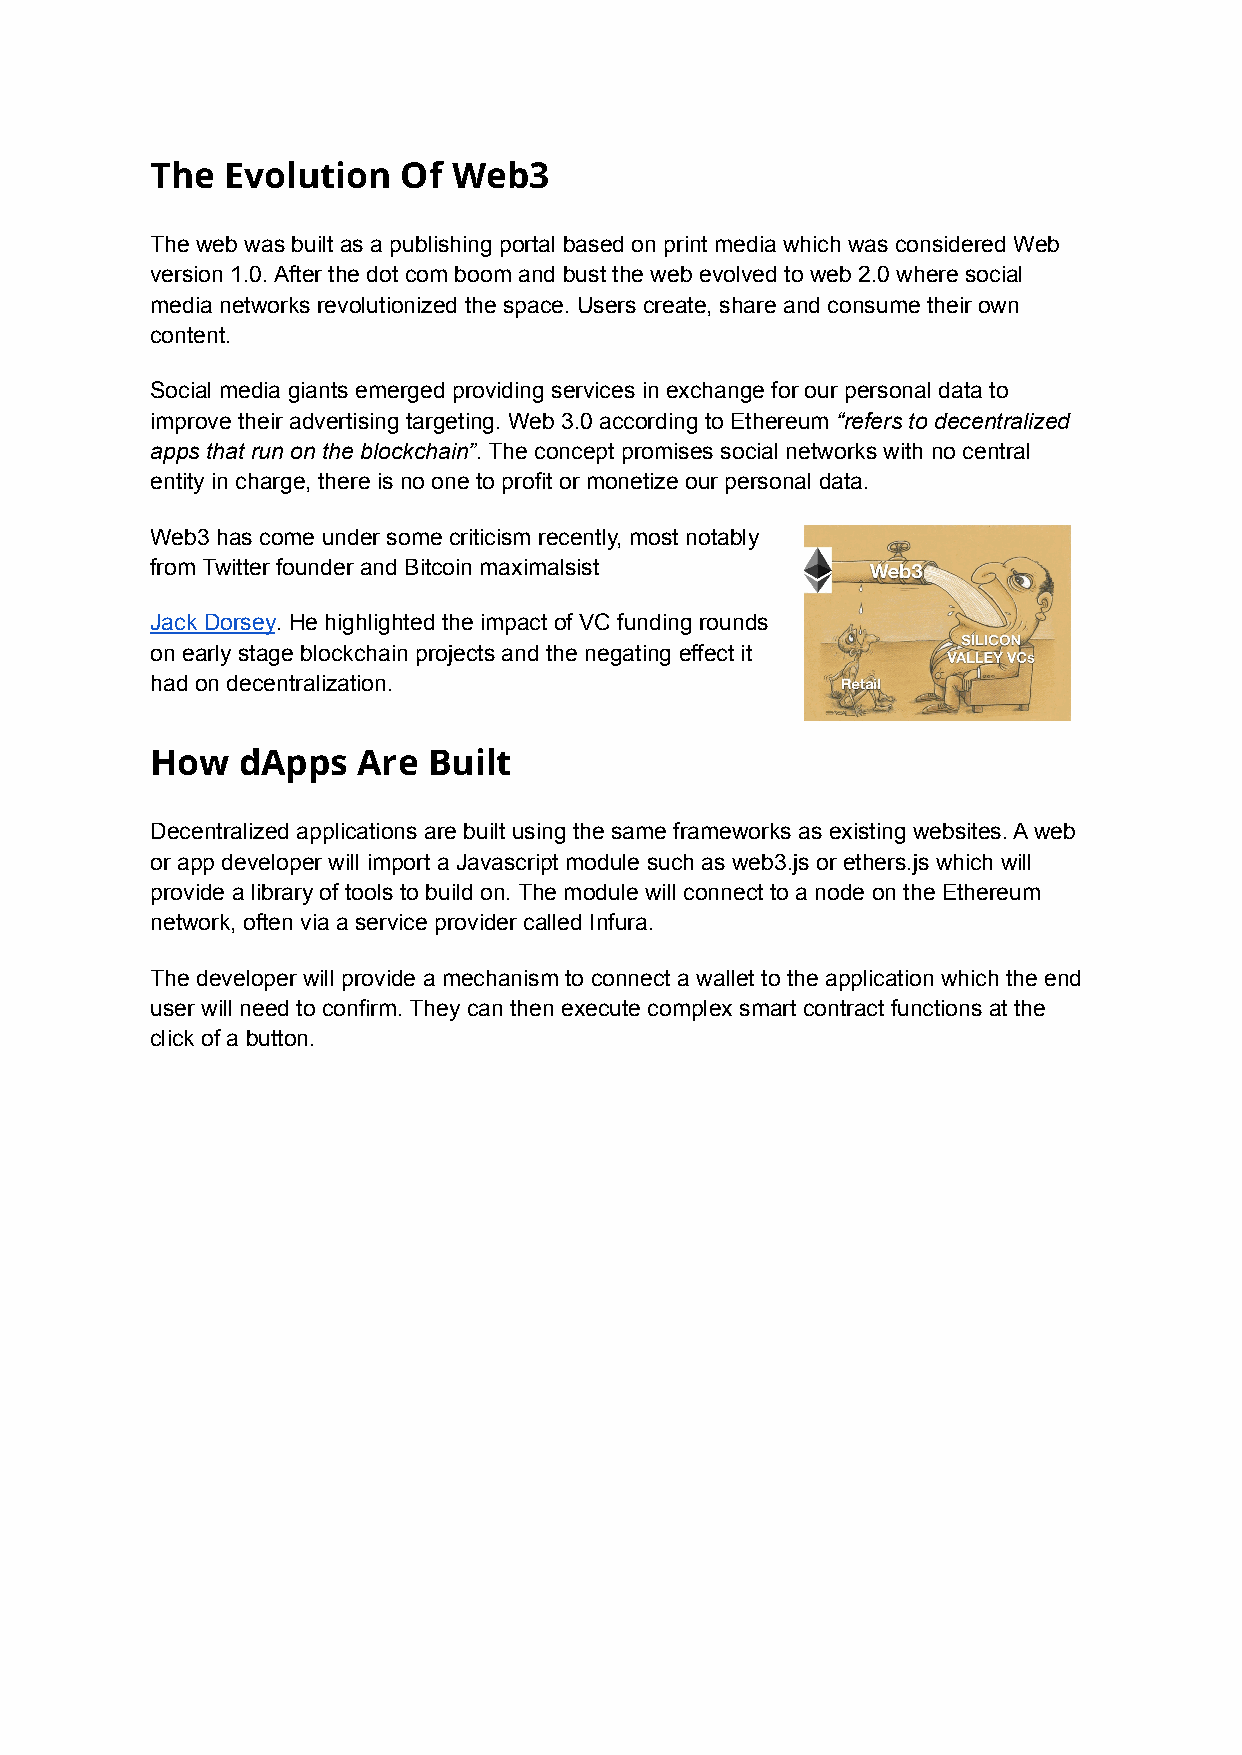
The  Evolution   Of Web3
 The web was built as a publishing portal based on print media which was considered Web
 version 1.0. After the dot com boom and bust the web evolved to web 2.0 where social
 media networks revolutionized the space. Users create, share and consume their own
 content.
 Social media giants emerged providing services in exchange for our personal data to
 improve their advertising targeting. Web 3.0 according to Ethereum “refers to decentralized
 apps that run on the blockchain”. The concept promises social networks with no central
 entity in charge, there is no one to profit or monetize our personal data.
 Web3 has come under some criticism recently, most notably
 from Twitter founder and Bitcoin maximalsist
 Jack Dorsey. He highlighted the impact of VC funding rounds
 on early stage blockchain projects and the negating effect it
 had on decentralization.
 How   dApps   Are Built
 Decentralized applications are built using the same frameworks as existing websites. A web
 or app developer will import a Javascript module such as web3.js or ethers.js which will
 provide a library of tools to build on. The module will connect to a node on the Ethereum
 network, often via a service provider called Infura.
 The developer will provide a mechanism to connect a wallet to the application which the end
 user will need to confirm. They can then execute complex smart contract functions at the
 click of a button.